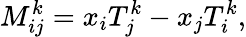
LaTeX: M_{ij}^{k}=x_{i}T_{j}^{k}-x_{j}T_{i}^{k},